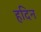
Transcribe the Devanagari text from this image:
हदिन